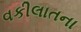
વકીલાતના